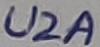
Text: U2A